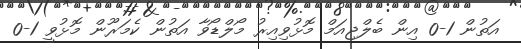
އަތުން 1-0 އިން ބެލްޖިއަމް މޮޅުވިއިރު މޯލްޑޯވާ އަތުން ކެމަރޫން މޮޅުވީ 1-0